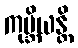
ကုမ္ဘိယန္တိ